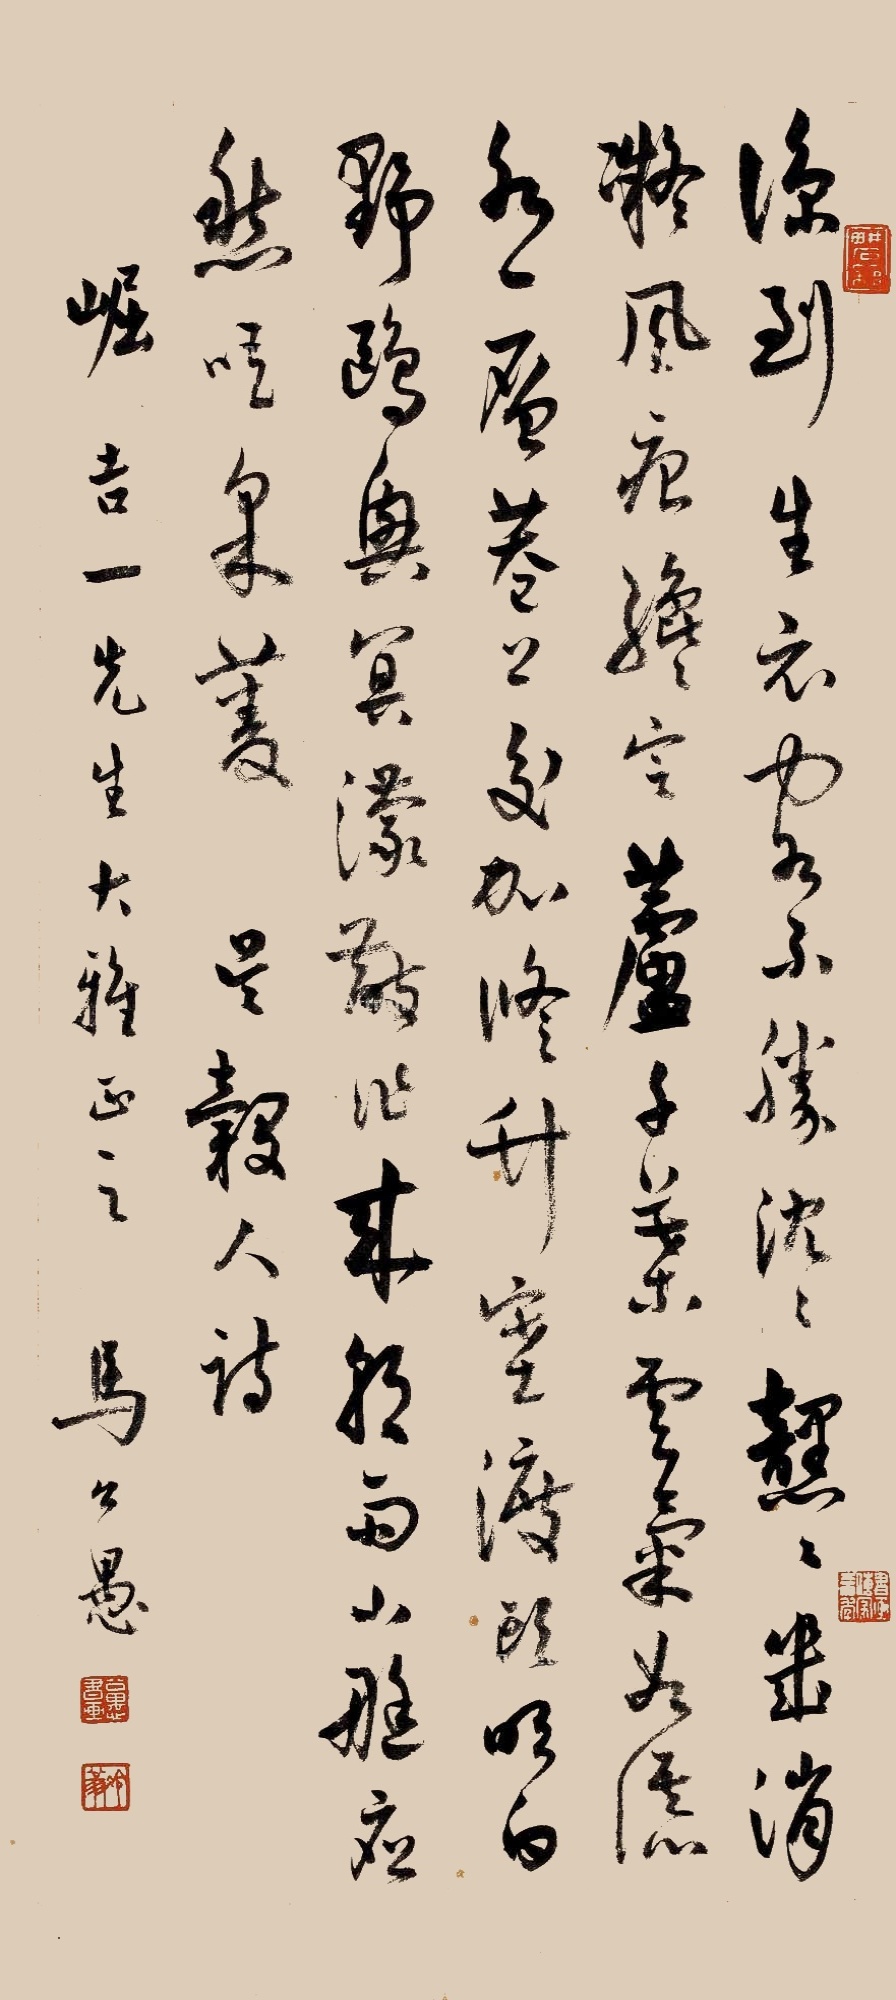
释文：凉到生衣客不胜,沉沉黯黯几消凝。风痕才定芦千叶,云气如添水一层。港口交加修竹塞,渡头明白野鸥兴。冥蒙散作来朝雨,小艇应愁唱《采菱》吴毂人诗崛吉一先生大雅正之。马公愚。